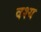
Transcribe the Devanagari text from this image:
वश्य